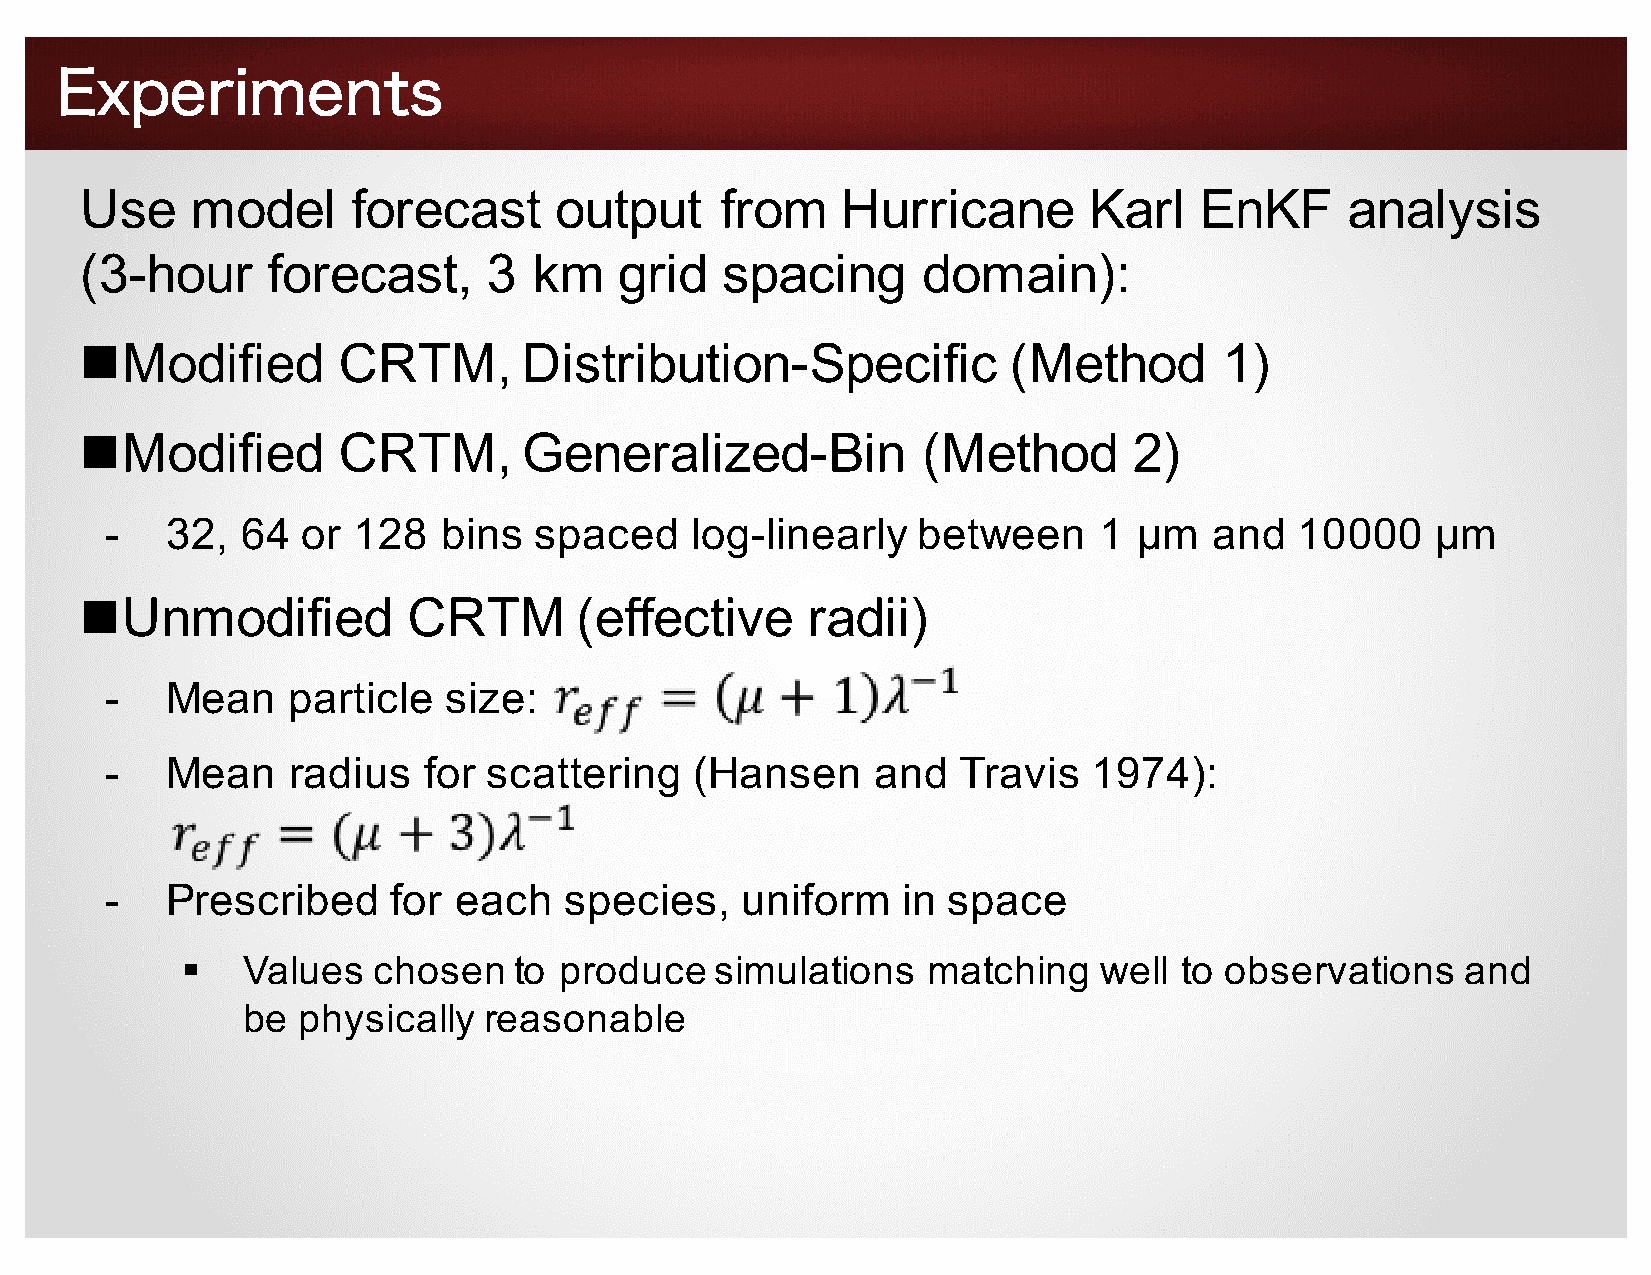
Experiments
 Use     model     forecast      output     from    Hurricane       Karl   EnKF      analysis
 (3-hour      forecast,     3  km    grid   spacing      domain):
 nModified        CRTM,        Distribution-Specific           (Method       1)
 nModified        CRTM,        Generalized-Bin           (Method       2)
 -   32,  64  or 128   bins  spaced     log-linearly   between     1 μm   and   10000    μm
 nUnmodified           CRTM       (effective     radii)
 -   Mean    particle  size:
 -   Mean    radius   for scattering    (Hansen     and   Travis  1974):
 -   Prescribed     for each   species,    uniform    in space
 §   Values   chosen   to produce   simulations   matching    well to observations    and
 be  physically  reasonable